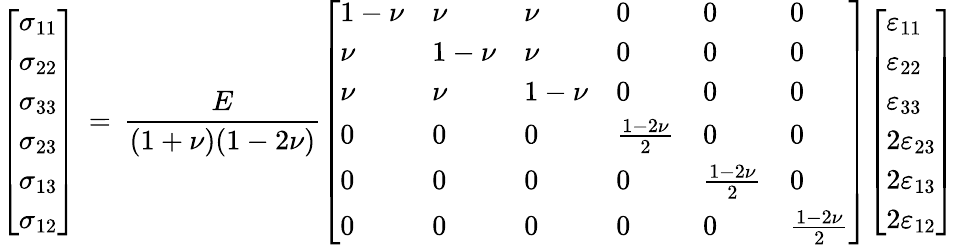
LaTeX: {\left[\begin{array}{l}{\sigma_{11}}\\ {\sigma_{22}}\\ {\sigma_{33}}\\ {\sigma_{23}}\\ {\sigma_{13}}\\ {\sigma_{12}}\end{array}\right]}\, =\, {\frac{E}{(1+\nu)(1-2\nu)}}{\left[\begin{array}{llllll}{1-\nu}&{\nu}&{\nu}&{0}&{0}&{0}\\ {\nu}&{1-\nu}&{\nu}&{0}&{0}&{0}\\ {\nu}&{\nu}&{1-\nu}&{0}&{0}&{0}\\ {0}&{0}&{0}&{{\frac{1-2\nu}{2}}}&{0}&{0}\\ {0}&{0}&{0}&{0}&{{\frac{1-2\nu}{2}}}&{0}\\ {0}&{0}&{0}&{0}&{0}&{{\frac{1-2\nu}{2}}}\end{array}\right]}{\left[\begin{array}{l}{\varepsilon_{11}}\\ {\varepsilon_{22}}\\ {\varepsilon_{33}}\\ {2\varepsilon_{23}}\\ {2\varepsilon_{13}}\\ {2\varepsilon_{12}}\end{array}\right]}